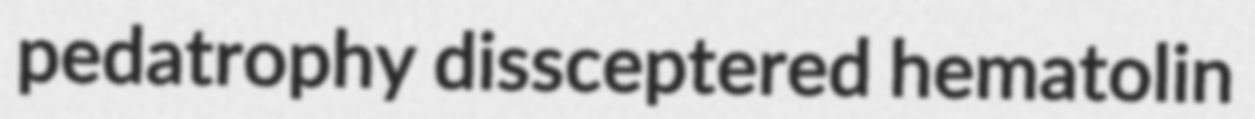
pedatrophy dissceptered hematolin